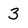
Character: 3